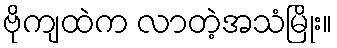
ဗိုကျထဲက လာတဲ့အသံမြိုး။